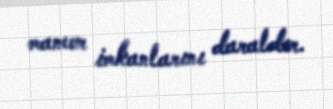
manevr imkanlarını daraldır.